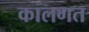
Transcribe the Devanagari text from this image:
कालगत